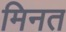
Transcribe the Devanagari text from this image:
मिनत